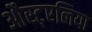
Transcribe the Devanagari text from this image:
औस्ट्एलिया